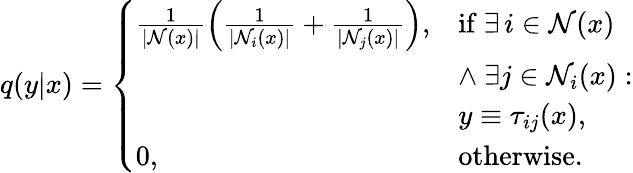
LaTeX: \begin{array}{r}{q(y|x)=\left\{ \begin{array}{ll}{\frac{1}{|\mathcal{N}(x)|}\left(\frac{1}{|\mathcal{N}_{i}(x)|}+\frac{1}{|\mathcal{N}_{j}(x)|}\right),}&{\mathrm{if}~\exists\, i\in\mathcal{N}(x)}\\ &{\land~\exists j\in\mathcal{N}_{i}(x):}\\ &{y\equiv\tau_{ij}(x),}\\ {0,}&{\mathrm{otherwise}.}\end{array}\right.}\end{array}